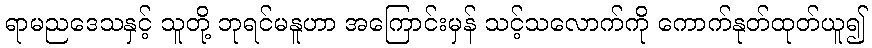
ရာမညဒေသနှင့် သူတို့ ဘုရင်မနူဟာ အကြောင်းမှန် သင့်သလောက်ကို ကောက်နုတ်ထုတ်ယူ၍